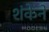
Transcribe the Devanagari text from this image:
शंकेने